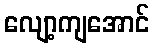
လျော့ကျအောင်